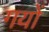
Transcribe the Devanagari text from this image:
गयों